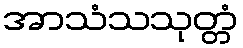
အာသံသသုတ္တံ